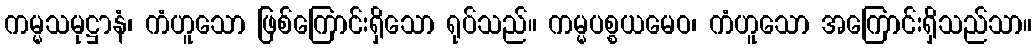
ကမ္မသမုဋ္ဌာနံ၊ ကံဟူသော ဖြစ်ကြောင်းရှိသော ရုပ်သည်။ ကမ္မပစ္စယမေဝ၊ ကံဟူသော အကြောင်းရှိသည်သာ။